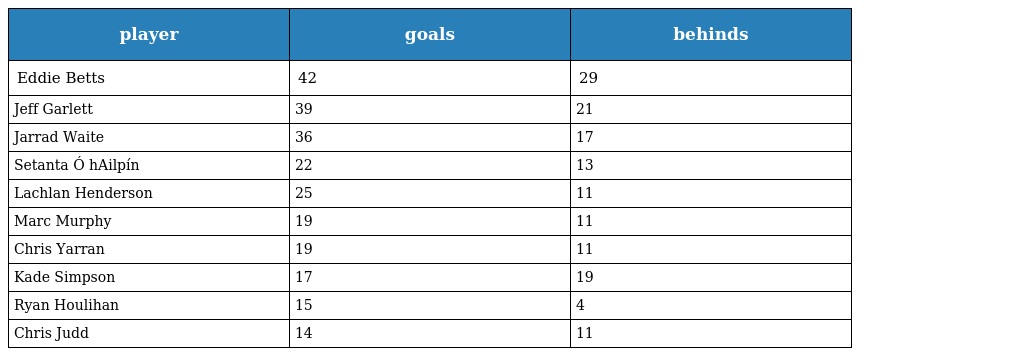
| player | goals | behinds |
 | --- | --- | --- |
 | Eddie Betts | 42 | 29 |
 | Jeff Garlett | 39 | 21 |
 | Jarrad Waite | 36 | 17 |
 | Setanta Ó hAilpín | 22 | 13 |
 | Lachlan Henderson | 25 | 11 |
 | Marc Murphy | 19 | 11 |
 | Chris Yarran | 19 | 11 |
 | Kade Simpson | 17 | 19 |
 | Ryan Houlihan | 15 | 4 |
 | Chris Judd | 14 | 11 |